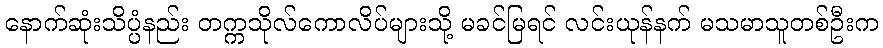
နောက်ဆုံးသိပ္ပံနည်း တက္ကသိုလ်ကောလိပ်များသို့ မခင်မြရင် လင်းယုန်နက် မသမာသူတစ်ဦးက